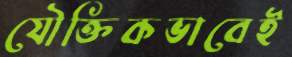
যৌক্তিকভাবেই